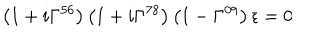
LaTeX: \left( 1 + i \Gamma ^ { 5 6 } \right) \left( 1 + i \Gamma ^ { 7 8 } \right) \left( 1 - \Gamma ^ { 0 9 } \right) \epsilon = 0